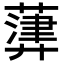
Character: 𦽷